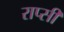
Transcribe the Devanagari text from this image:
राप्सी